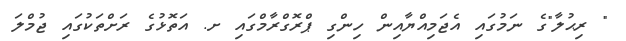
" ރިޙުލާ"ގެ ނަމުގައި އެޖަމިއްޔާއިން ހިންގި ޕްރޮގްރާމްގައި ށ. އަތޮޅުގެ ރަށްތަކުގައި ޖުމްލަ